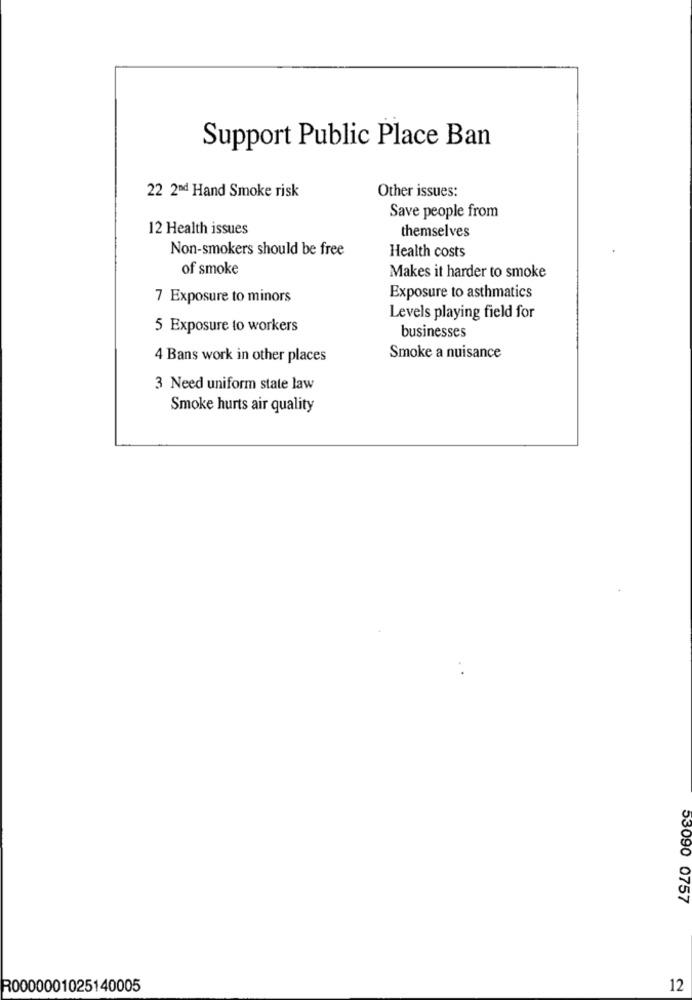
Support Public Place Ban
Other issues:
22 2nd Hand Smoke risk
Save people from
12 Health issues
themselves
Non-smokers should be free
Health costs
of smoke
Makes it harder to smoke
7 Exposure to minors
Exposure to asthmatics
Levels playing field for
5 Exposure to workers
businesses
4 Bans work in other places
Smoke a nuisance
3 Need uniform state law
Smoke hurts air quality
53090 0757
R0000001025140005
12